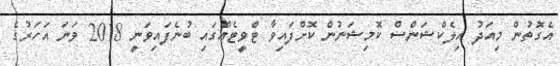
އެގޮތުން މިއަދު އިލެކްޝަންސް ކޮމިޝަނުން ކޮށްފައިވާ ޓްވީޓެއްގައި ބުނެފައިވަނީ 2018 ވަނަ އަހަރުގެ